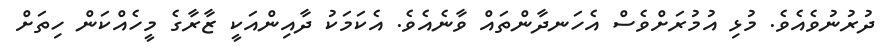
ދުރުނުވެއެވެ. މުޅި އުމުރަށްވެސް އެހަނދާންތައް ވާނެއެވެ. އެކަމަކު ދާއިންއަކީ ޒާރާގެ މީހެއްކަން ހިތަށް